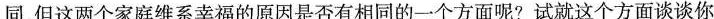
同，但这两个家庭维系幸福的原因是否有相同的一个方面呢?试就这个方面谈谈你